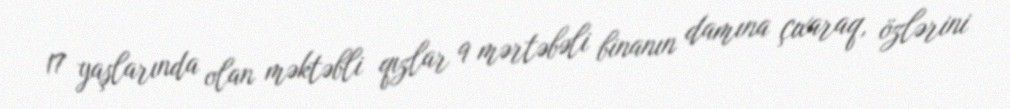
17 yaşlarında olan məktəbli qızlar 9 mərtəbəli binanın damına çıxaraq, özlərini